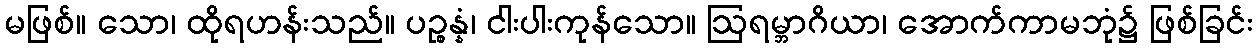
မဖြစ်။ သော၊ ထိုရဟန်းသည်။ ပဉ္စန္နံ၊ ငါးပါးကုန်သော။ ဩရမ္ဘာဂိယာ၊ အောက်ကာမဘုံ၌ ဖြစ်ခြင်း